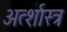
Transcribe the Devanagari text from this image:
अर्त्शास्त्र